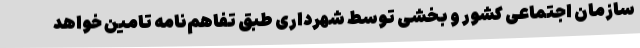
سازمان اجتماعی کشور و بخشی توسط شهرداری طبق تفاهم‌نامه تامین خواهد